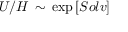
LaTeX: U / H \, \sim \, \exp \left[ S o l v \right]